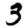
Digit: 3